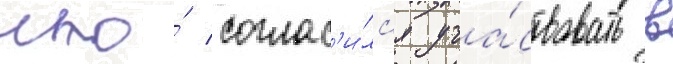
что́ соглас'и́лс'я уча́ствовать в